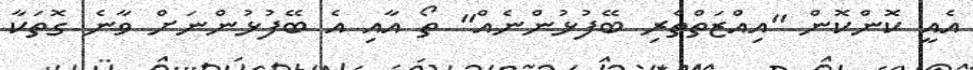
އެއީ ކޮންކޮން "އިއްޒަތްތެރި ބޭފުޅުންނެއް" ތޯ އާއި އެ ބޭފުޅުންނަށް ވާނެ ގޮތަކާ